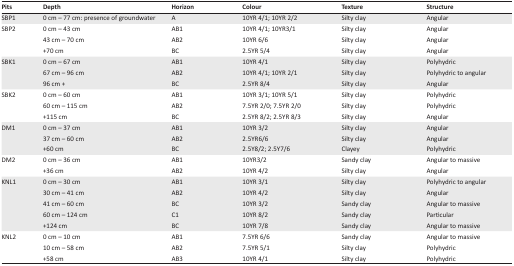
| Pits | Depth | Horizon | Colour | Texture | Structure |
 | --- | --- | --- | --- | --- | --- |
 | SBP1 | 0 cm – 77 cm: presence of groundwater | A | 10YR 4/1; 10YR 2/2 | Silty clay | Angular |
 | <ROWSPAN=3> SBP2 | 0 cm – 43 cm | AB1 | 10YR 4/1; 10YR3/1 | Silty clay | Angular |
 | 43 cm – 70 cm | AB2 | 10YR 6/6 | Silty clay | Angular |
 | +70 cm | BC | 2.5YR 5/4 | Silty clay | Angular |
 | <ROWSPAN=3> SBK1 | 0 cm – 67 cm | AB1 | 10YR 4/1 | Silty clay | Polyhydric |
 | 67 cm – 96 cm | AB2 | 10YR 4/1; 10YR 2/1 | Silty clay | Polyhydric to angular |
 | 96 cm + | BC | 2.5YR 8/4 | Silty clay | Angular |
 | <ROWSPAN=3> SBK2 | 0 cm – 60 cm | AB1 | 10YR 3/1; 10YR 5/1 | Silty clay | Polyhydric |
 | 60 cm – 115 cm | AB2 | 7.5YR 2/0; 7.5YR 2/0 | Silty clay | Polyhydric |
 | +115 cm | BC | 2.5YR 8/2; 2.5YR 8/3 | Silty clay | Angular |
 | <ROWSPAN=3> DM1 | 0 cm – 37 cm | AB1 | 10YR 3/2 | Silty clay | Angular |
 | 37 cm – 60 cm | AB2 | 2.5YR6/6 | Silty clay | Angular |
 | +60 cm | BC | 2.5Y8/2; 2.5Y7/6 | Clayey | Polyhydric |
 | <ROWSPAN=2> DM2 | 0 cm – 36 cm | AB1 | 10YR3/2 | Sandy clay | Angular to massive |
 | +36 cm | AB2 | 10YR 4/2 | Silty clay | Angular |
 | <ROWSPAN=5> KNL1 | 0 cm – 30 cm | AB1 | 10YR 3/1 | Silty clay | Polyhydric to angular |
 | 30 cm – 41 cm | AB2 | 10YR 4/2 | Silty clay | Angular |
 | 41 cm – 60 cm | BC | 10YR 3/2 | Sandy clay | Angular to massive |
 | 60 cm – 124 cm | C1 | 10YR 8/2 | Sandy clay | Particular |
 | +124 cm | BC | 10YR 7/8 | Sandy clay | Angular to massive |
 | <ROWSPAN=3> KNL2 | 0 cm – 10 cm | AB1 | 7.5YR 6/6 | Sandy clay | Angular to massive |
 | 10 cm – 58 cm | AB2 | 7.5YR 5/1 | Silty clay | Polyhydric |
 | +58 cm | AB3 | 10YR 4/1 | Silty clay | Polyhydric |